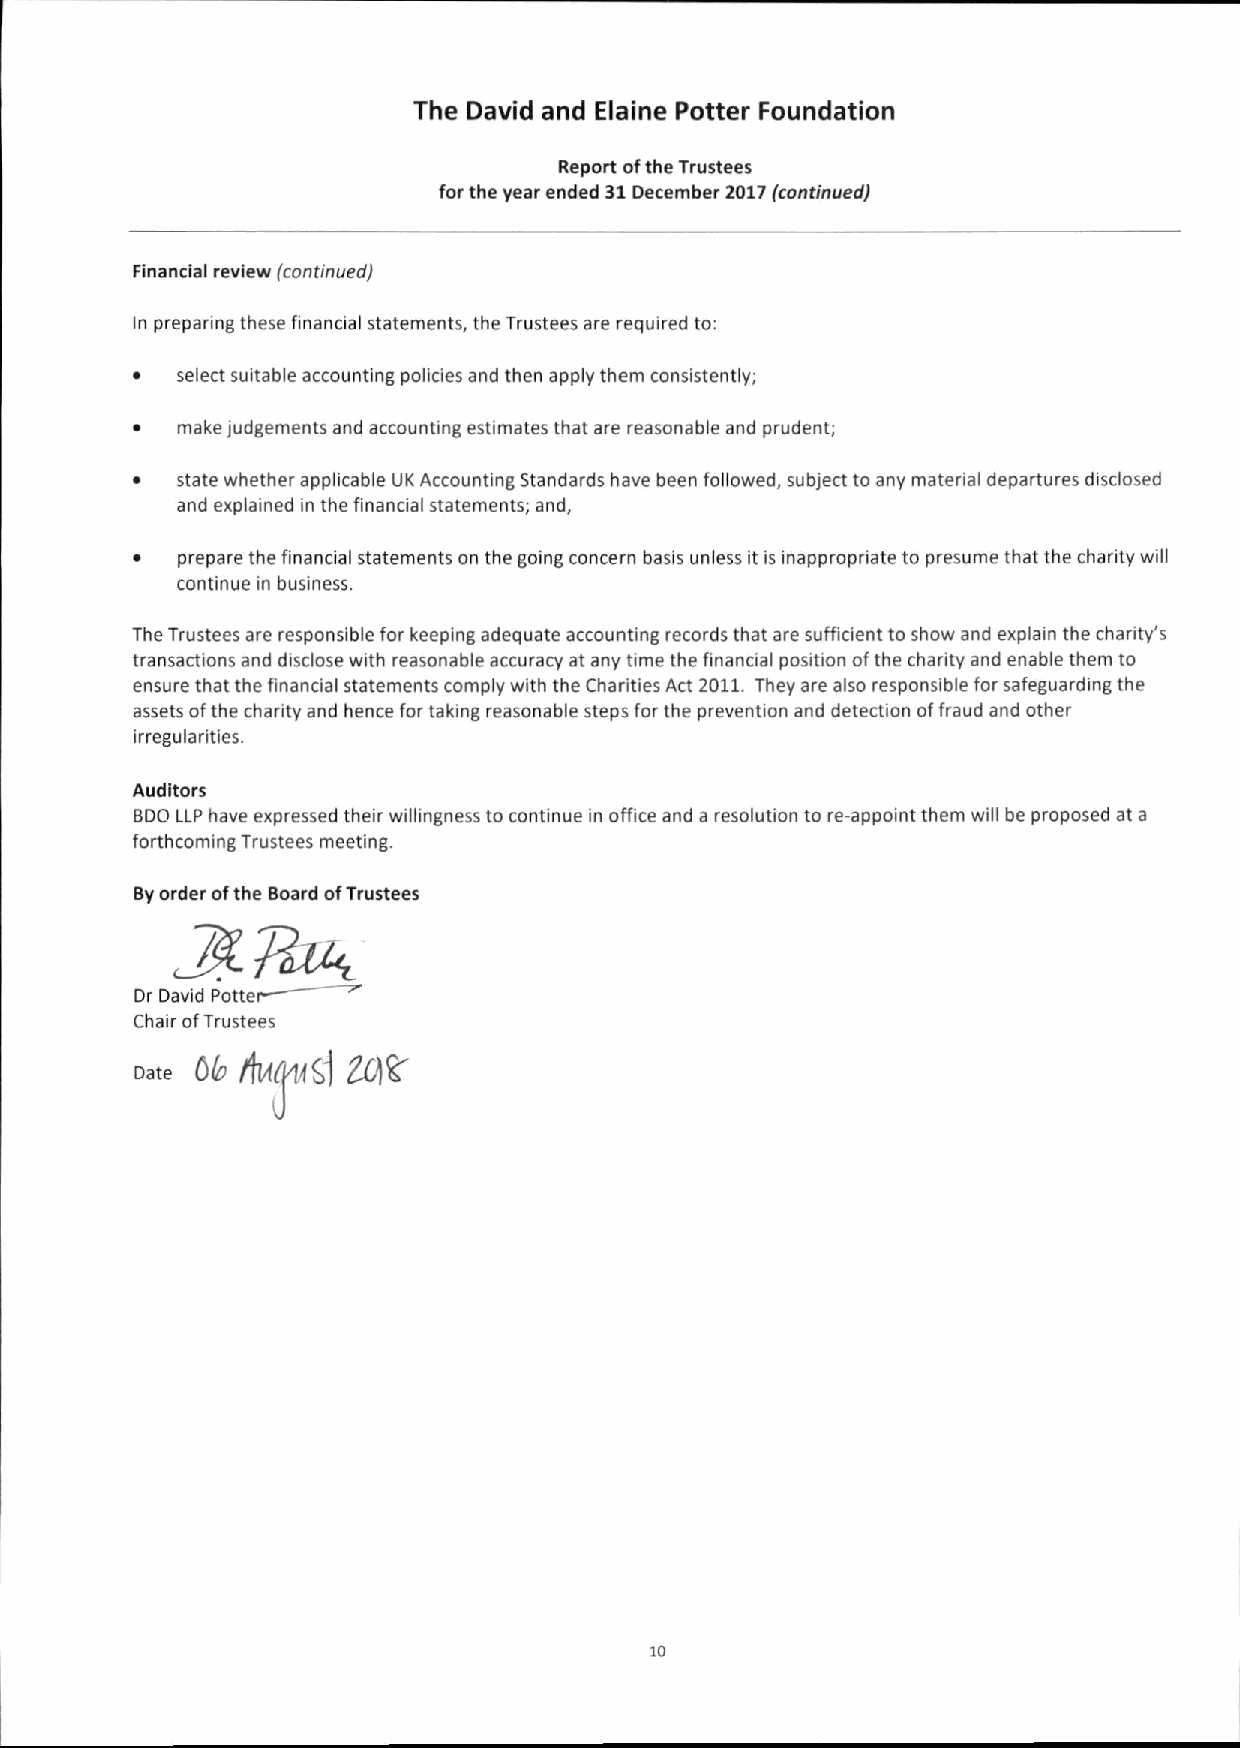
The David and Elaine Potter Foundation
 Report ofthe Trustees
 for the year ended B1December 2017(continuedj
 Financial review (continuedj
 In preparing these financial statements, the Trustees are required to:
 ~  select suitable accounting policies and then apply them consistently;
 ~  make judgements and accounting estimates that are reasonable and prudent;
 ~  state whether applicable UK Accounting Standards have been followed, subject to any material departures disclosed
 and explained in the financial statements; and,
 ~  prepare the financial statements on the going concern basis unless it is inappropriate to presume that the charity will
 continue in business.
 The Trustees are responsible for keeping adequate accounting records that are sufficient to show and explain the charity's
 transactions and disclose with reasonable accuracy at any time the financial position ofthe charity and enable them to
 ensure that the financial statements comply with the Charities Act 2011.They are also responsible for safeguarding the
 assets ofthe charity and hence for taking reasonable steps for the prevention and detection offraud and other
 irregularities.
 Auditors
 BDO LLP have expressed their willingness to continue in office and a resolution to re-appoint them will be proposed at a
 forthcoming Trustees meeting.
 Byor~der oft/he B~oard ofTrustees
 ~ ~ idP
 P
 Chair ofTrustees
 P.P. 0& ljuiIXSj 8QR
 10